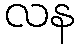
လန